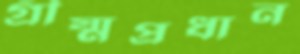
গ্রীষ্মপ্রধান